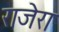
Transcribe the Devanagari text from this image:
राजेरा